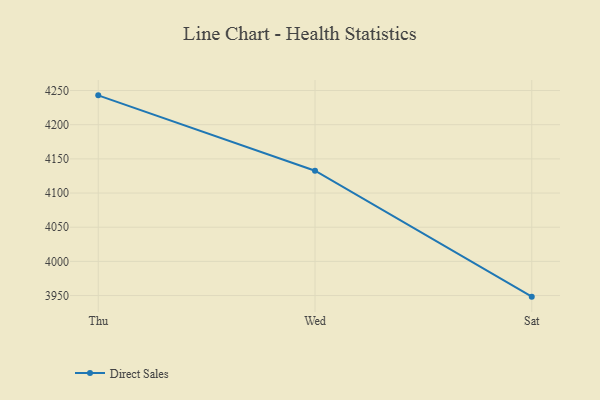
{"axis": {"x": "Day", "y": "Tickets Resolved"}, "legend": ["Direct Sales"], "data": [{"x": "Thu", "y": 4242.9, "type": "Direct Sales"}, {"x": "Wed", "y": 4132.6, "type": "Direct Sales"}, {"x": "Sat", "y": 3948.4, "type": "Direct Sales"}]}